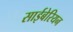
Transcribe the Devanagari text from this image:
साईबेरियन